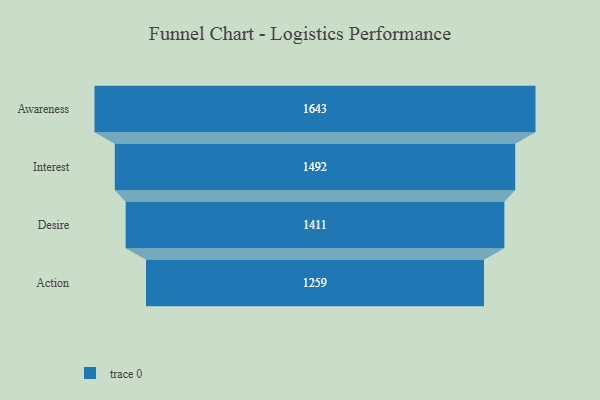
{"axis": {"x": "Stage", "y": "Value"}, "legend": [""], "data": [{"x": "Awareness", "y": 1643.0, "type": ""}, {"x": "Interest", "y": 1492.0, "type": ""}, {"x": "Desire", "y": 1411.0, "type": ""}, {"x": "Action", "y": 1259.0, "type": ""}]}